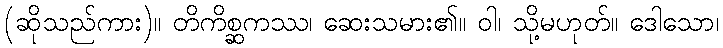
(ဆိုသည်ကား)။ တိကိစ္ဆကဿ၊ ဆေးသမား၏။ ဝါ၊ သို့မဟုတ်။ ဒေါသော၊